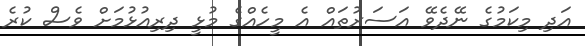
އަދި މިކަމުގެ ނޭދެވޭ އަސަރުތައް އެ މީހެއްގެ މުޅީ ދިރިއުޅުމަށް ވެސް ކުރެ